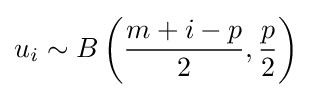
u_{i}\sim B\left({\frac {m+i-p}{2}},{\frac {p}{2}}\right)